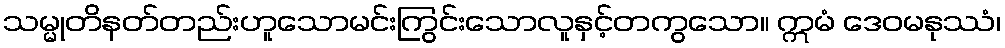
သမ္မုတိနတ်တည်းဟူသောမင်းကြွင်းသောလူနှင့်တကွသော။ ဣမံ ဒေဝမနုဿံ၊